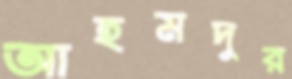
আহমদুর